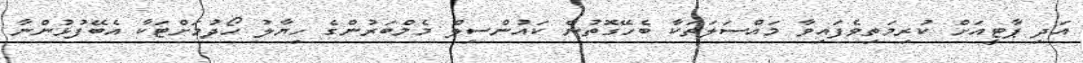
އަދި ޕާޓީއަށް ކުރިމަތިވެފައިވާ މައްސަލަތަކާ ބެހޭގޮތުން ކައުންސިލް މެމްބަރުންގެ ހިޔާލު ހޯދުމަށްޓަކާ އެބޭފުޅުންނާ